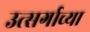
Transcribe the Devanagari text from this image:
उत्सर्गाच्या